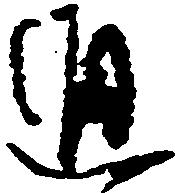
通